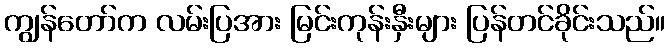
ကျွန်တော်က လမ်းပြအား မြင်းကုန်းနှီးများ ပြန်တင်ခိုင်းသည်။